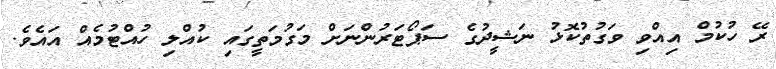
ރޭ ހުކުމް އިއްވި ވަގުތުކޮޅު ނަޝީދުގެ ސަޕޯޓަރުންނަށް މަގުމަތީގައި ކުއްލި ހުއްޓުމެއް އައެވެ.